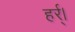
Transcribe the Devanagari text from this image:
हर्र्।